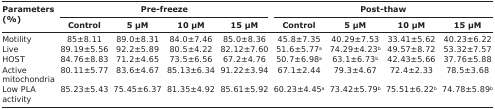
<table><thead><tr><td rowspan="3"><b>Parameters (%)</b></td><td colspan="4"><b>Pre-freeze</b></td><td colspan="4"><b>Post-thaw</b></td></tr><tr><td><b>Control</b></td><td><b>5 μM</b></td><td><b>10 μM</b></td><td><b>15 μM</b></td><td><b>Control</b></td><td><b>5 μM</b></td><td><b>10 μM</b></td><td><b>15 μM</b></td></tr></thead><tbody><tr><td>Motility</td><td>85±8.11</td><td>89.0±8.31</td><td>84.0±7.46</td><td>85.0±8.36</td><td>45.8±7.35</td><td>40.29±7.53</td><td>33.41±5.62</td><td>40.23±6.22</td></tr><tr><td>Live</td><td>89.19±5.56</td><td>92.2±5.89</td><td>80.5±4.22</td><td>82.12±7.60</td><td>51.6±5.77<sup>a</sup></td><td>74.29±4.23<sup>b</sup></td><td>49.57±8.72</td><td>53.32±7.57</td></tr><tr><td>HOST</td><td>84.76±8.83</td><td>71.2±4.65</td><td>73.5±6.56</td><td>67.2±4.76</td><td>50.7±6.98<sup>a</sup></td><td>63.1±6.73<sup>b</sup></td><td>42.43±5.66</td><td>37.76±5.88</td></tr><tr><td>Active mitochondria</td><td>80.11±5.77</td><td>83.6±4.67</td><td>85.13±6.34</td><td>91.22±3.94</td><td>67.1±2.44</td><td>79.3±4.67</td><td>72.4±2.33</td><td>78.5±3.68</td></tr><tr><td>Low PLA activity</td><td>85.23±5.43</td><td>75.45±6.37</td><td>81.35±4.92</td><td>85.61±5.92</td><td>60.23±4.45<sup>a</sup></td><td>73.42±5.79<sup>b</sup></td><td>75.51±6.22<sup>b</sup></td><td>74.78±5.89<sup>b</sup></td></tr></tbody></table>